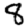
Digit: 8